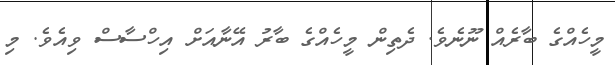
މީހެއްގެ ބާރެއް ނޫނެވެ. ދެތިން މީހެއްގެ ބާރު އޭނާއަށް އިހްސާސް ވިއެވެ. މި